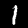
Digit: 1